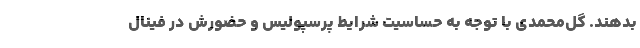
بدهند. گل‌محمدی با توجه به حساسیت شرایط پرسپولیس و حضورش در فینال